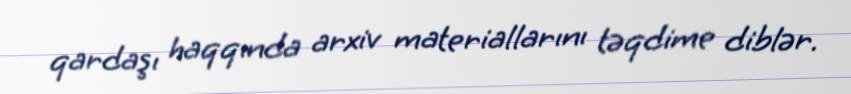
qardaşı haqqında arxiv materiallarını təqdime diblər.